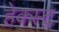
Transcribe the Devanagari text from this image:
हेक्स्ट